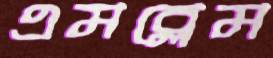
এমব্লেম